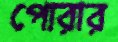
পোরার